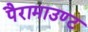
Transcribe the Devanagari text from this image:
पैरामाउण्ट